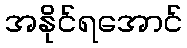
အနိုင်ရအောင်